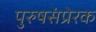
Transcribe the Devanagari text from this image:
पुरुषसंप्रेरक